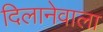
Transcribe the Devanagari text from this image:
दिलानेवाला